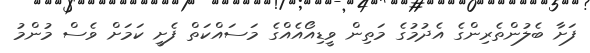
ފަށާ ބެލުންތެރިންގެ އެދުމުގެ މަތިން ވީޑިއޯއެއްގެ މަސައްކަތް ފެށީ ކަމަށް ވެސް މުންމު